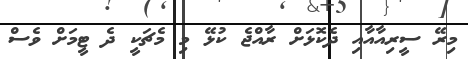
މިރޭ ސީރިއާއާއި ދެކޮޅަށް ރާއްޖެ ކުޅޭ މި މެޗަކީ ދެ ޓީމަށް ވެސް